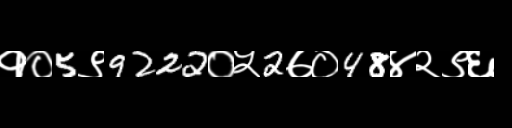
Text: १०5९9222०५2७०48४२९६